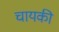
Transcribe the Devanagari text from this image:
चायकी